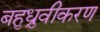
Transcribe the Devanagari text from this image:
बहुध्रुवीकरण